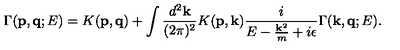
\Gamma ( { \bf p } , { \bf q } ; E ) = K ( { \bf p } , { \bf q } ) + \int \frac { d ^ { 2 } { \bf k } } { ( 2 \pi ) ^ { 2 } } K ( { \bf p } , { \bf k } ) \frac { i } { E - \frac { { \bf k } ^ { 2 } } { m } + i \epsilon } \Gamma ( { \bf k } , { \bf q } ; E ) .